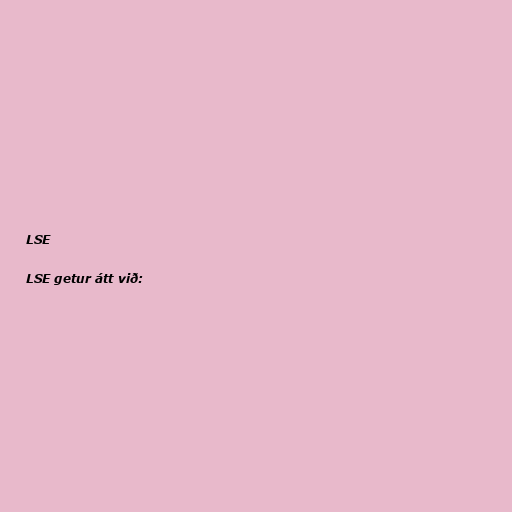
LSE

LSE getur átt við: